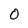
Character: 0